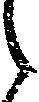
之